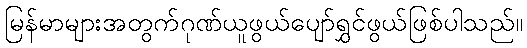
မြန်မာများအတွက်ဂုဏ်ယူဖွယ်ပျော်ရွှင်ဖွယ်ဖြစ်ပါသည်။